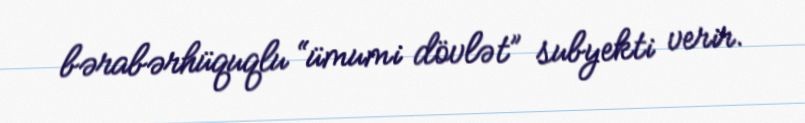
bərabərhüquqlu “ümumi dövlət” subyekti verir.